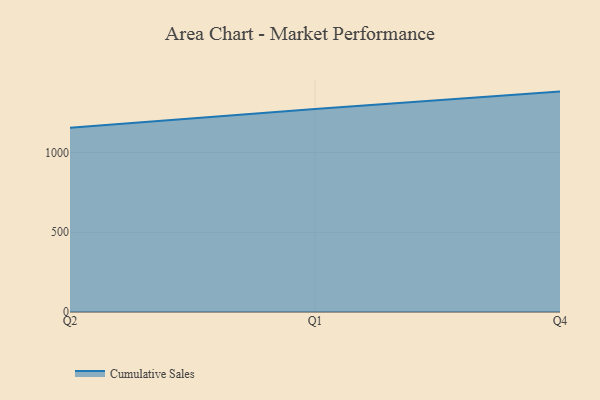
{"axis": {"x": "Quarter", "y": "Website Visitors"}, "legend": ["Cumulative Sales"], "data": [{"x": "Q2", "y": 1155.8, "type": "Cumulative Sales"}, {"x": "Q1", "y": 1273.4, "type": "Cumulative Sales"}, {"x": "Q4", "y": 1382.2, "type": "Cumulative Sales"}]}